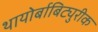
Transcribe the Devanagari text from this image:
थायोर्बाबिट्युरीक